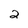
Character: 2